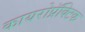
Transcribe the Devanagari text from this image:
कायरोप्रॅक्टिक